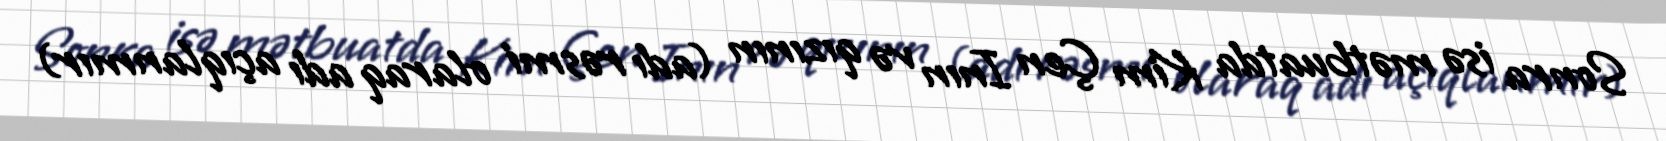
Sonra isə mətbuatda Kim Çen Inın və qızının (adı rəsmi olaraq adı açıqlanmır)